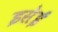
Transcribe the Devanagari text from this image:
इसेई